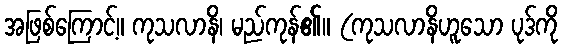
အဖြစ်ကြောင့်။ ကုသလာနိ၊ မည်ကုန်၏။ (ကုသလာနိဟူသော ပုဒ်ကို